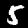
Label: 5